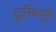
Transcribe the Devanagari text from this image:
द्वारिकपुरी